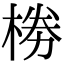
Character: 椦